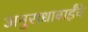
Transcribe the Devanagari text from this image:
अनुराधाबाईंचे